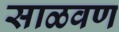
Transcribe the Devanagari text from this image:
साळवण